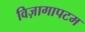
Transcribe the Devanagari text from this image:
विज़ागापटम